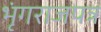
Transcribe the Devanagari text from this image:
भृंगराजपत्र